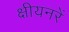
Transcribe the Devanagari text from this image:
क्षीयनरें